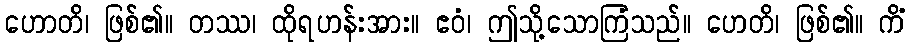
ဟောတိ၊ ဖြစ်၏။ တဿ၊ ထိုရဟန်းအား။ ဧဝံ၊ ဤသို့သောကြံသည်။ ဟေတိ၊ ဖြစ်၏။ ကိံ